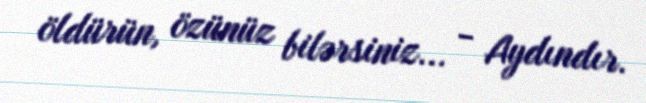
öldürün, özünüz bilərsiniz... - Aydındır.